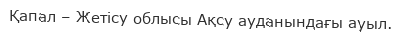
Қапал – Жетісу облысы Ақсу ауданындағы ауыл.